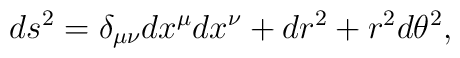
ds^2 = \delta_{\mu\nu} dx^\mu dx^\nu + dr^2 + r^2 d\theta^2,